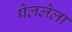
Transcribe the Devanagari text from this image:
पेललेला